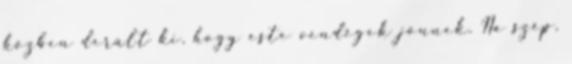
közben derült ki, hogy este vendégek jönnek. Na szép,